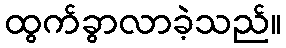
ထွက်ခွာလာခဲ့သည်။